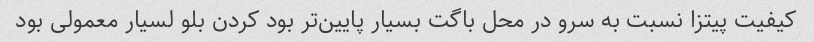
کیفیت پیتزا نسبت به سرو در محل باگت بسیار پایین‌تر بود کردن بلو لسیار معمولی بود